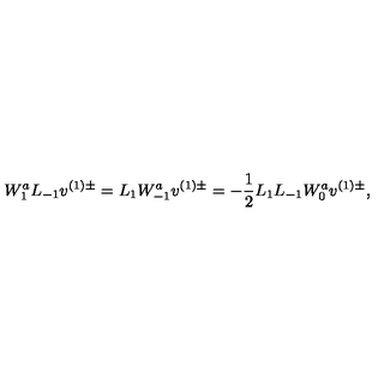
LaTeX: W _ { 1 } ^ { a } L _ { - 1 } v ^ { ( 1 ) \pm } = L _ { 1 } W _ { - 1 } ^ { a } v ^ { ( 1 ) \pm } = - \frac { 1 } { 2 } L _ { 1 } L _ { - 1 } W _ { 0 } ^ { a } v ^ { ( 1 ) \pm } ,